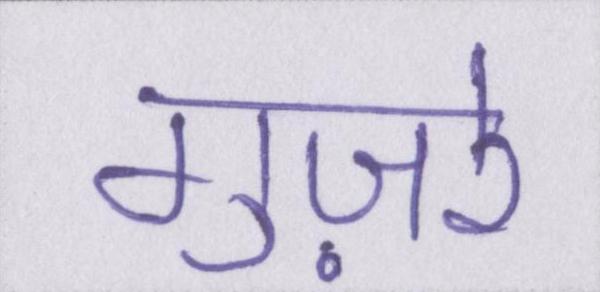
गुज़रे